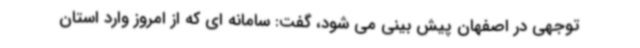
توجهی در اصفهان پیش بینی می شود، گفت: سامانه ای که از امروز وارد استان